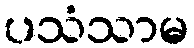
ပသံသာမ